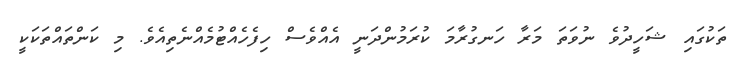
ތަކުގައި ޝަހީދުވެ ނުވަތަ މަރާ ހަނގުރާމަ ކުރަމުންދަނީ އެއްވެސް ހިފެހެއްޓުމެއްނެތިއެވެ. މި ކަންތައްތަކަކީ